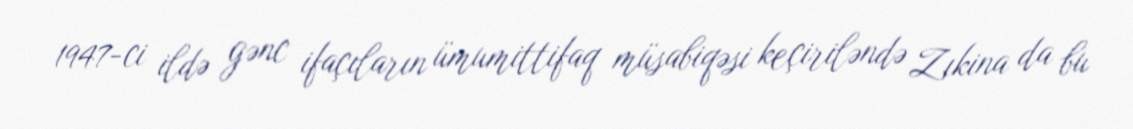
1947-ci ildə gənc ifaçıların ümumittifaq müsabiqəsi keçiriləndə Zıkina da bu